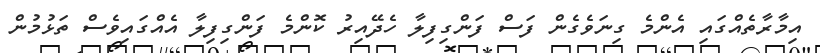
އިމާރާތެއްގައި އެންމެ ގިނަވެގެން ފަސް ފަންގިފިލާ ހެދޭއިރު ކޮންމެ ފަންގިފިލާ އެއްގައިވެސް ތަޅުމުން